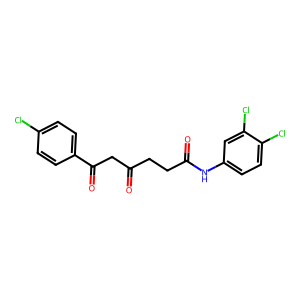
SMILES: O=C(CCC(=O)Nc1ccc(Cl)c(Cl)c1)CC(=O)c1ccc(Cl)cc1
Inhibits HIV replication: No